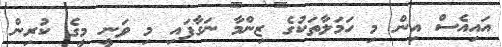
އައިއެސް އިން މި ހަމަލާތަކުގެ ޒިންމާ ނަގާފައި މި ވަނީ މީގެ ކުރިން